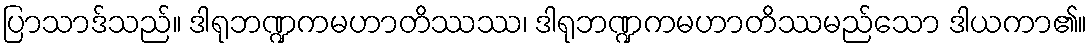
ပြာသာဒ်သည်။ ဒါရုဘဏ္ဍကမဟာတိဿဿ၊ ဒါရုဘဏ္ဍကမဟာတိဿမည်သော ဒါယကာ၏။